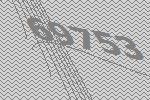
69753